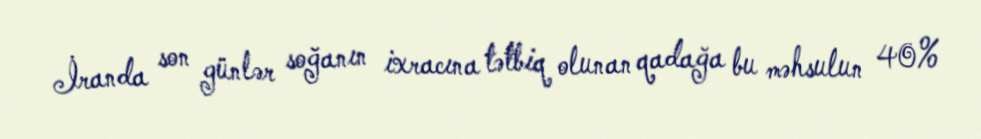
İranda son günlər soğanın ixracına tətbiq olunan qadağa bu məhsulun 40%